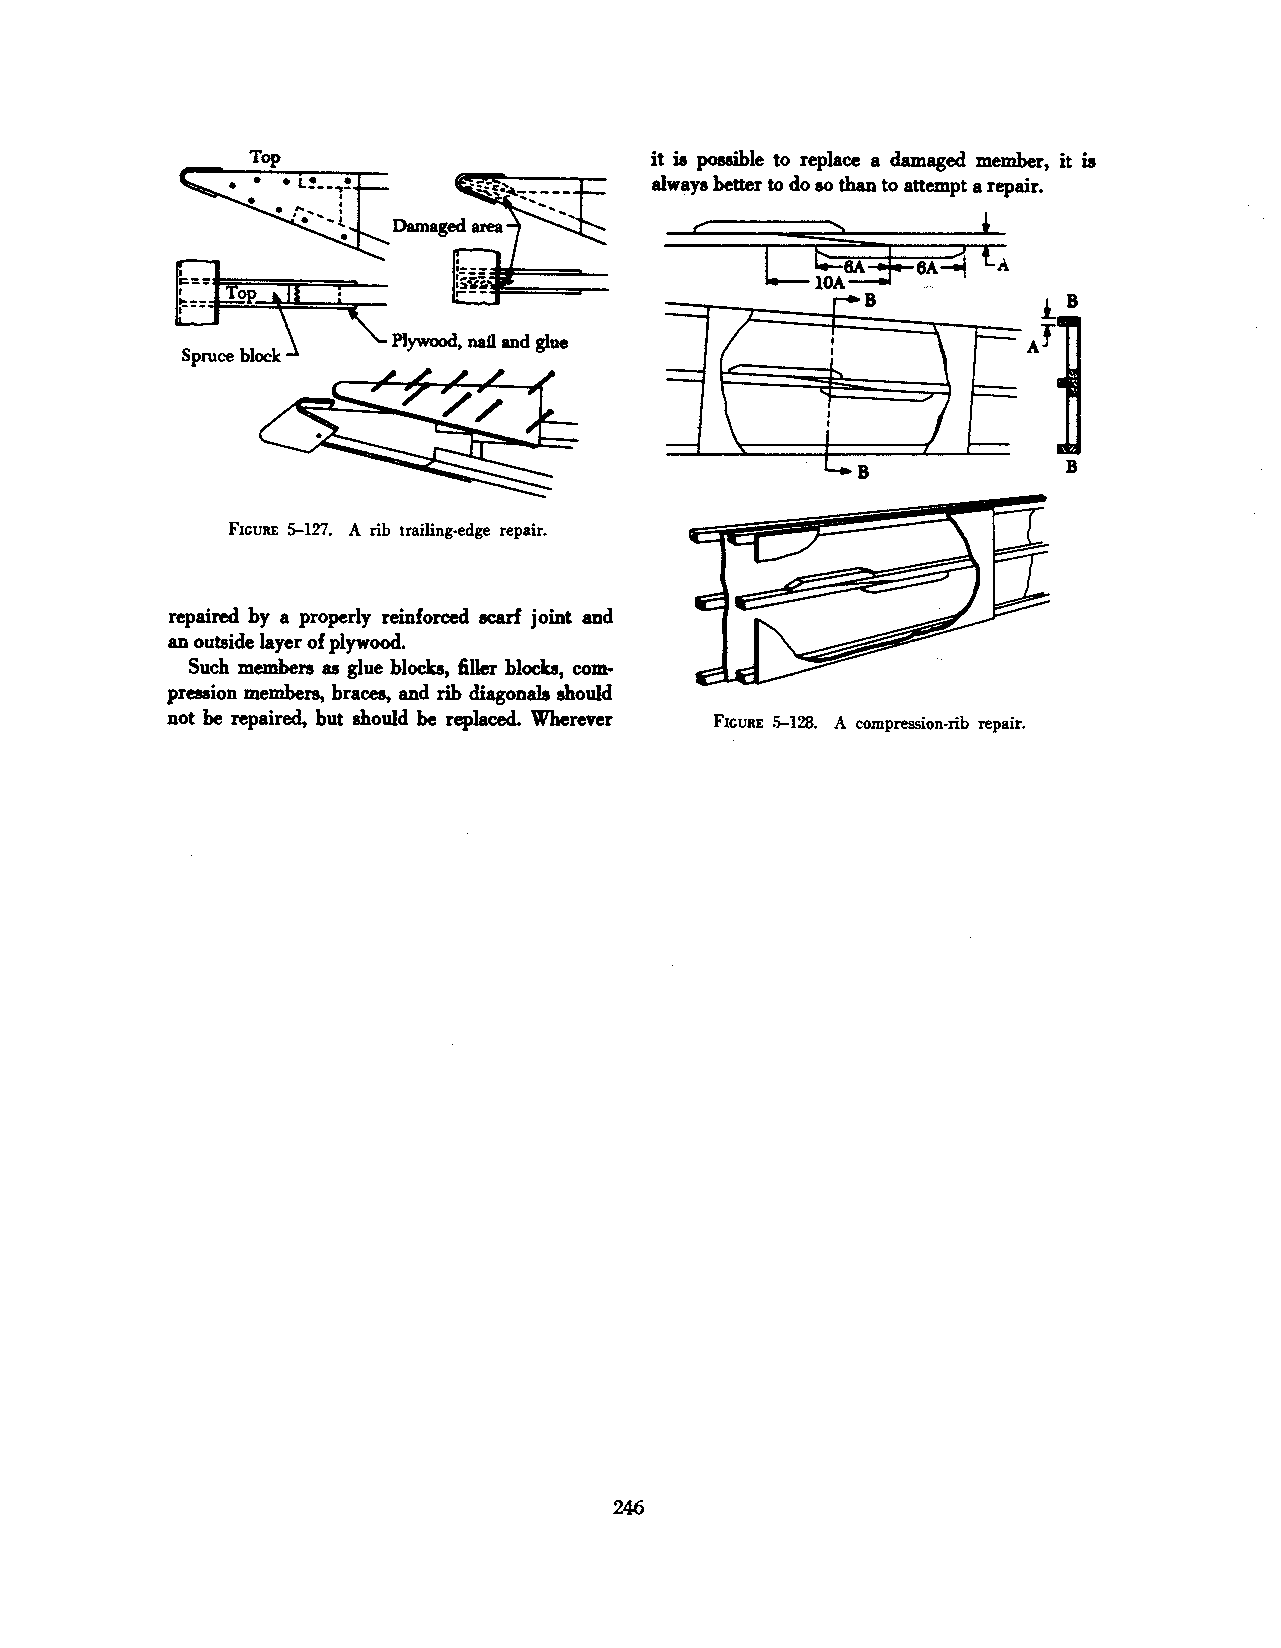
Top                        it is pouible to replace a damaged member, it is
 always better to do so than to attempt a repair.
 E}OP.~
 i
 """ Plywood, rWI and glue
 Spruce bloclc:
 FIGURE S-127. A rib trailing-edge repair.
 repaired by a properly reinforced ecarf joint and
 an outside layer of plywood.
 Such members as glue blocks, filler blocks, com·
 pression members, braces, and rib diagonals should
 not be repaired, but should be replaced. Wherever FxcURE 5-128. A compression~rib repair.
 246